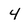
Character: 4